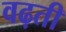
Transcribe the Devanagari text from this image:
वढ़ती